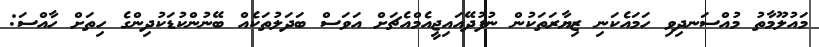
މައުލޫމާތު މުއްސަނދިވި ހަމައެކަނި ޒިޔާރަތަކުން ނުފުދޭއައިޖީއެމްއެޗަށް އަވަސް ބަދަލުތަކެއް ބޭނުންކުޑަކުދިންގެ ހިތަށް ހާއްސަ: